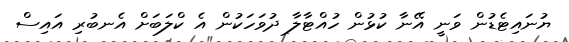
ޔުނައިޓެޑުން ވަނީ އޭނާ ކުޅުން ހުއްޓާލާ ދުވަހަކުން އެ ކްލަބަށް އެނބުރި އައިސް